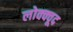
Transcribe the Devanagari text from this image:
लोक्क्वूद